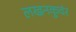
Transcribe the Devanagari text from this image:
लखनकुवंर